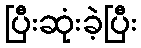
ပြီးဆုံးခဲ့ပြီး